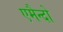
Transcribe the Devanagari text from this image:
एमैन्दो